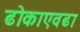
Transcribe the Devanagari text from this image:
ढोकाएवढा